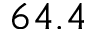
6 4 . 4